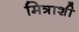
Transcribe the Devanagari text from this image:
मित्राशी